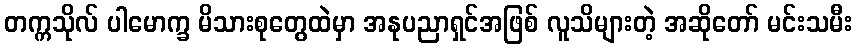
တက္ကသိုလ် ပါမောက္ခ မိသားစုတွေထဲမှာ အနုပညာရှင်အဖြစ် လူသိများတဲ့ အဆိုတော် မင်းသမီး